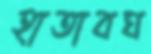
হাতাবঘ